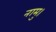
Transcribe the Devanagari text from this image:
नामु।